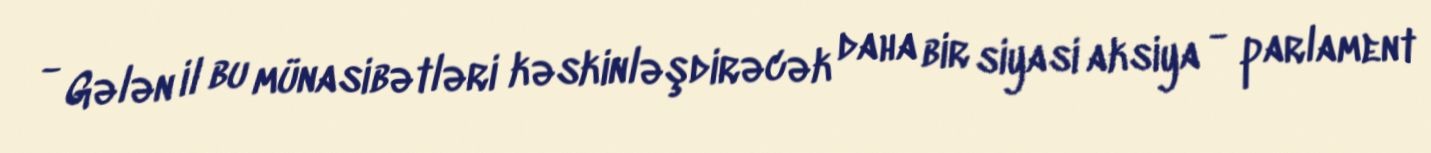
- Gələn il bu münasibətləri kəskinləşdirəcək daha bir siyasi aksiya - parlament